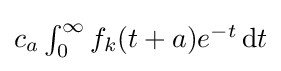
\textstyle c_{a}\int _{0}^{\infty }f_{k}(t+a)e^{-t}\,\mathrm {d} t